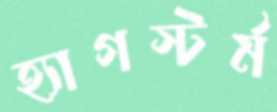
হ্যাগস্টর্ম